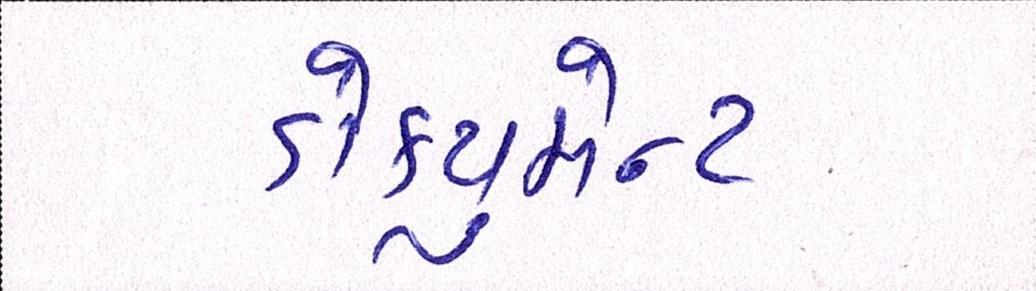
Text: ડોકયુમેન્ટ